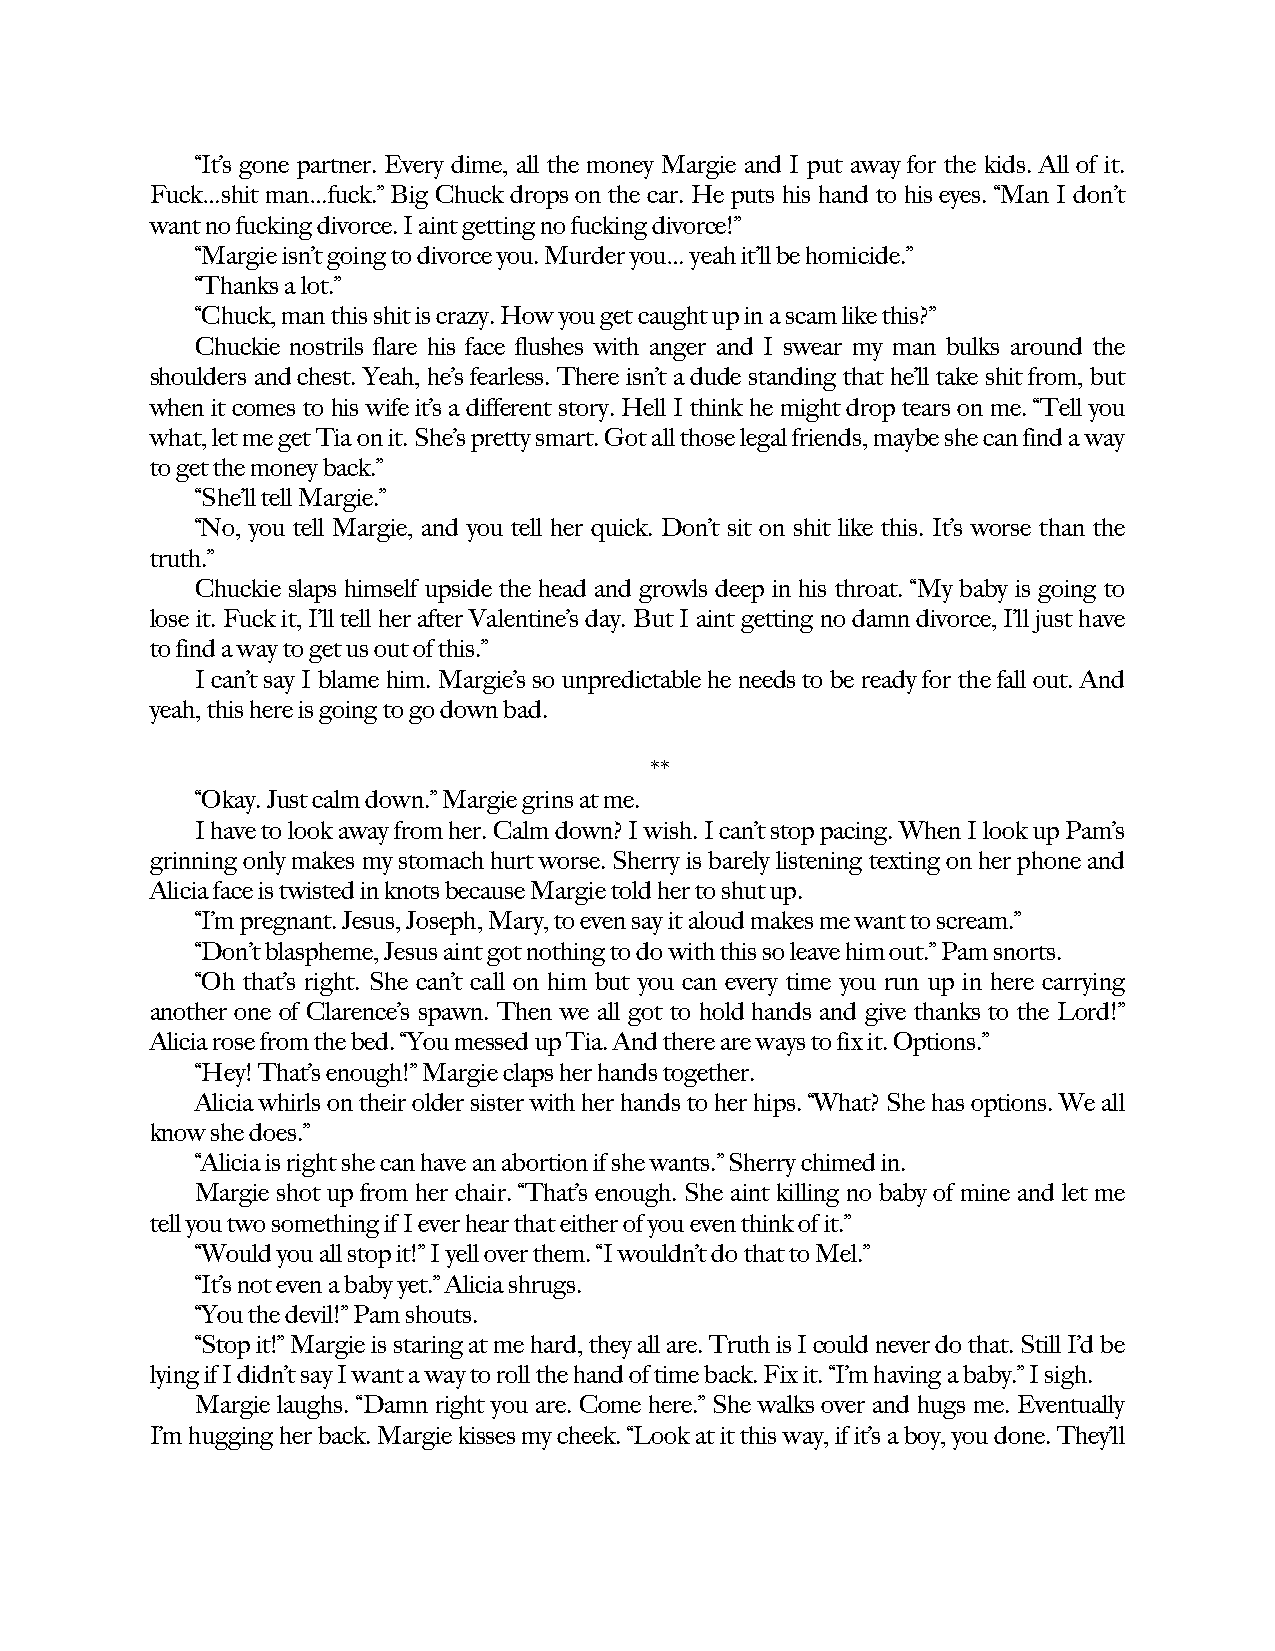
“It’s gone partner. Every dime, all the money Margie and I put away for the kids. All of it.
 Fuck…shit man…fuck.” Big Chuck drops on the car. He puts his hand to his eyes. “Man I don’t
 want no fucking divorce. I aint getting no fucking divorce!”
 “Margie isn’t going to divorce you. Murder you… yeah it’ll be homicide.”
 “Thanks a lot.”
 “Chuck, man this shit is crazy. How you get caught up in a scam like this?”
 Chuckie nostrils flare his face flushes with anger and I swear my man bulks around the
 shoulders and chest. Yeah, he’s fearless. There isn’t a dude standing that he’ll take shit from, but
 when it comes to his wife it’s a different story. Hell I think he might drop tears on me. “Tell you
 what, let me get Tia on it. She’s pretty smart. Got all those legal friends, maybe she can find a way
 to get the money back.”
 “She’ll tell Margie.”
 “No, you tell Margie, and you tell her quick. Don’t sit on shit like this. It’s worse than the
 truth.”
 Chuckie slaps himself upside the head and growls deep in his throat. “My baby is going to
 lose it. Fuck it, I’ll tell her after Valentine’s day. But I aint getting no damn divorce, I’ll just have
 to find a way to get us out of this.”
 I can’t say I blame him. Margie’s so unpredictable he needs to be ready for the fall out. And
 yeah, this here is going to go down bad.
 **
 “Okay. Just calm down.” Margie grins at me.
 I have to look away from her. Calm down? I wish. I can’t stop pacing. When I look up Pam’s
 grinning only makes my stomach hurt worse. Sherry is barely listening texting on her phone and
 Alicia face is twisted in knots because Margie told her to shut up.
 “I’m pregnant. Jesus, Joseph, Mary, to even say it aloud makes me want to scream.”
 “Don’t blaspheme, Jesus aint got nothing to do with this so leave him out.” Pam snorts.
 “Oh that’s right. She can’t call on him but you can every time you run up in here carrying
 another one of Clarence’s spawn. Then we all got to hold hands and give thanks to the Lord!”
 Alicia rose from the bed. “You messed up Tia. And there are ways to fix it. Options.”
 “Hey! That’s enough!” Margie claps her hands together.
 Alicia whirls on their older sister with her hands to her hips. “What? She has options. We all
 know she does.”
 “Alicia is right she can have an abortion if she wants.” Sherry chimed in.
 Margie shot up from her chair. “That’s enough. She aint killing no baby of mine and let me
 tell you two something if I ever hear that either of you even think of it.”
 “Would you all stop it!” I yell over them. “I wouldn’t do that to Mel.”
 “It’s not even a baby yet.” Alicia shrugs.
 “You the devil!” Pam shouts.
 “Stop it!” Margie is staring at me hard, they all are. Truth is I could never do that. Still I’d be
 lying if I didn’t say I want a way to roll the hand of time back. Fix it. “I’m having a baby.” I sigh.
 Margie laughs. “Damn right you are. Come here.” She walks over and hugs me. Eventually
 I’m hugging her back. Margie kisses my cheek. “Look at it this way, if it’s a boy, you done. They’ll